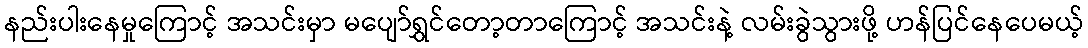
နည်းပါးနေမှုကြောင့် အသင်းမှာ မပျော်ရွှင်တော့တာကြောင့် အသင်းနဲ့ လမ်းခွဲသွားဖို့ ဟန်ပြင်နေပေမယ့်